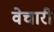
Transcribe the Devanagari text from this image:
वेचारी